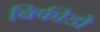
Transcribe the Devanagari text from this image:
बिफीडो